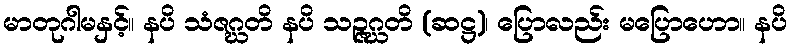
မာတုဂါမနှင့်။ နပိ သံဇဂ္ဃတိ နပိ သဉ္ဇဂ္ဃတိ (ဆဋ္ဌ)၊ ပြောလည်း မပြောဟော။ နပိ